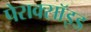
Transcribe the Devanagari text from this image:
पेराक्सॉइड